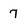
Character: 7